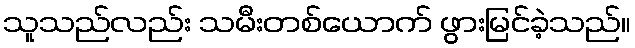
သူသည်လည်း သမီးတစ်ယောက် ဖွားမြင်ခဲ့သည်။